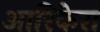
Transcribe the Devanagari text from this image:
आरिकेरा